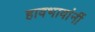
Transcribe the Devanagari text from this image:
हावभावांनीं